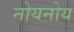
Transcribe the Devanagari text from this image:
नोयनोय